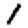
Digit: 1